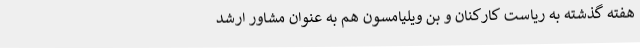
هفته گذشته به ریاست کارکنان و بن ویلیامسون هم به عنوان مشاور ارشد